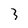
Character: 3